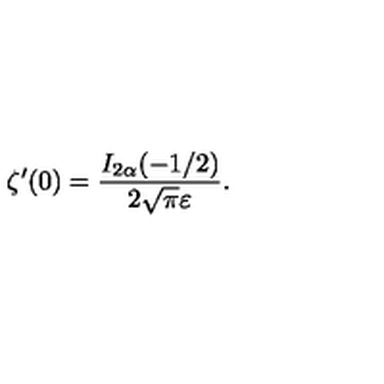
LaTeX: \zeta ^ { \prime } ( 0 ) = \frac { I _ { 2 \alpha } ( - 1 / 2 ) } { 2 \sqrt \pi \varepsilon } { . }